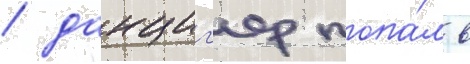
/ данциг'ер попа́л в